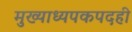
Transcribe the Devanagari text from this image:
मुख्याध्यपकपदही